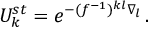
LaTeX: U _ { k } ^ { s t } = e ^ { - ( f ^ { - 1 } ) ^ { k l } \nabla _ { l } } \, .